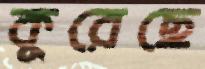
কুরেছে